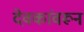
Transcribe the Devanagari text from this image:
देवकांवरून